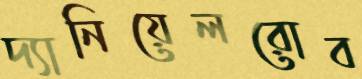
দ্যানিয়েলরোব